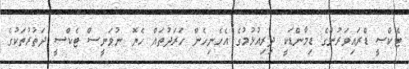
ޓެކްސީ ޑްރައިވަރުންގެ ޑިމާންޑަކީ ދިރިއުޅުމުގެ އެހެނިހެން ހަރަދުތައް ހެޔޮ ނުވަނީސް ޓެކްސީ ދަތުރުތަކުގެ